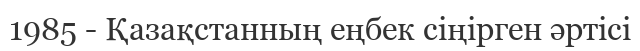
1985 - Қазақстанның еңбек сіңірген әртісі